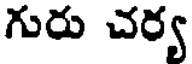
గురు చర్య